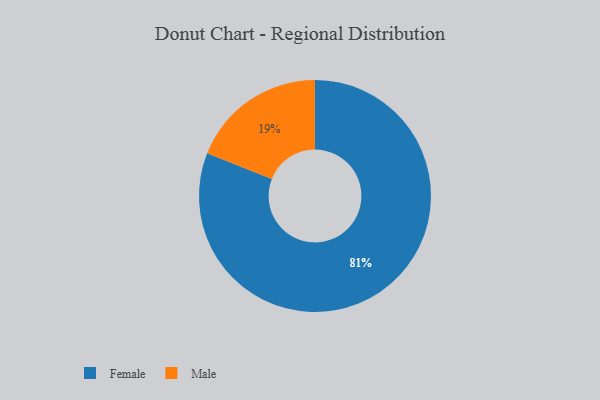
{"axis": {"x": "Category", "y": "Percentage"}, "legend": ["Female", "Male"], "data": [{"x": "Male", "y": 19, "type": "Male"}, {"x": "Female", "y": 81, "type": "Female"}]}